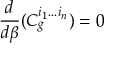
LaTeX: \frac { d } { d \beta } ( C _ { g } ^ { i _ { 1 } . . . i _ { n } } ) = 0